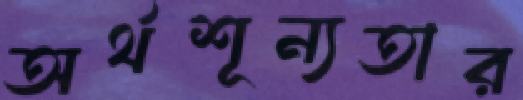
অর্থশূন্যতার